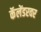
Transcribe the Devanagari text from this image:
कॅलेंडरवर